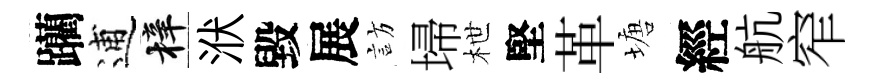
躪逋梓洑毀展訪埽枻堅革塘經航窄